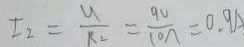
I _ { 2 } = \frac { U } { R _ { 2 } } = \frac { 9 V } { 1 0 \Omega } = 0 . 9 A